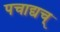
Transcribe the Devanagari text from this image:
पचाद्यच्